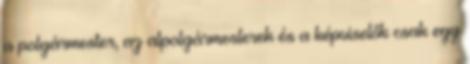
a polgármester, az alpolgármesterek és a képviselők csak egy